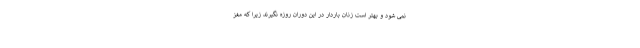
نمی شود و بهتر است زنان باردار در این دوران روزه نگیرند زیرا که مغز